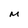
Character: M